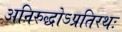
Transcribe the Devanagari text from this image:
अनिरुद्धोऽप्रतिरथः